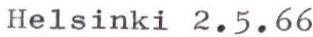
Helsinki 2.5.66